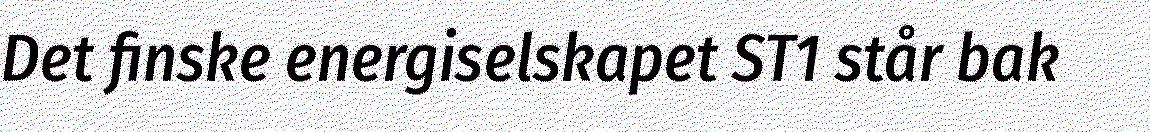
Det finske energiselskapet ST1 står bak